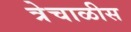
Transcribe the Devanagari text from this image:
त्रेचाळीस